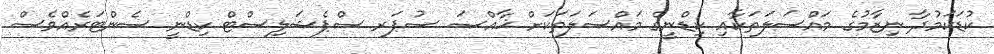
ކުޑަކަމުދާ ނިޒާމުގެ މައްސަލަތަކާއި ކިޑްނީގެ މައްސަލަތަކަށް ޚާއްޞަ ސުޕަރ ސްޕެޝަލިސްޓް ކިޑްނީ ސެންޓަރެއްވެސް